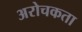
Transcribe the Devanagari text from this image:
अरोचकता